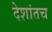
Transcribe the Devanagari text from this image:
देशांतच